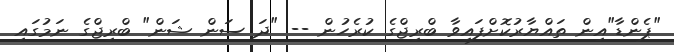
"ޕެންޑާ"އިން ތައްޔާރުކޮށްފައިވާ ބްރިޖްގެ ކުރެހުން -- "ދަ ސަން ޝަން" ބްރިޖްގެ ނަމުގައި